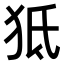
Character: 𤝬